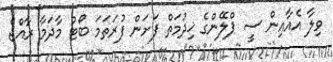
ވިލާ އެއާއިން ސީ ޕްލޭންގެ ޚިދުމަތް ފަށަން ފުރަތަމަ ބޯޓު މާދަމާ ރާއްޖެ